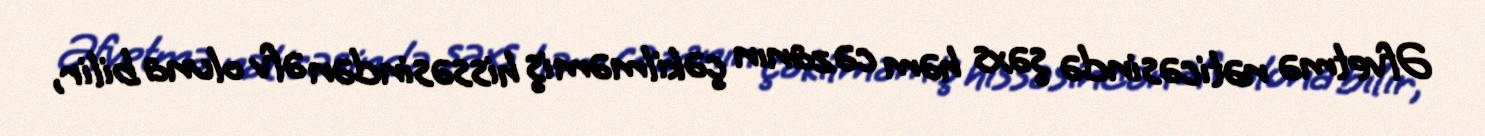
Əfvetmə nəticəsində şəxs həm cəzanın çəkilməmiş hissəsindən əfv oluna bilir,